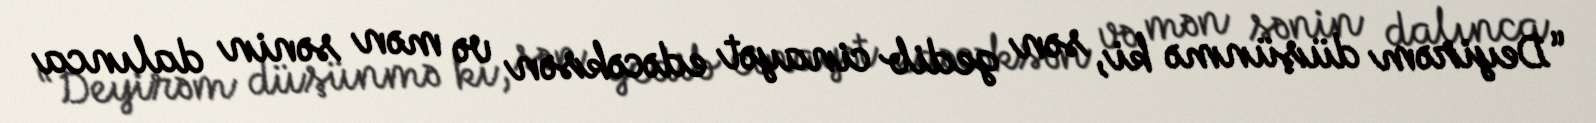
“Deyirəm düşünmə ki, sən gedib cinayət edəcəksən və mən sənin dalınca